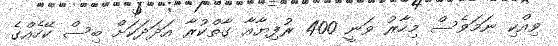
ވިއްކި ނަމަވެސް މިހާރު ވަނީ 400 ރުފިޔާއާ ގާތްކުރާ އަދަދަކަށް ބިސް ކޭހެއްގެ